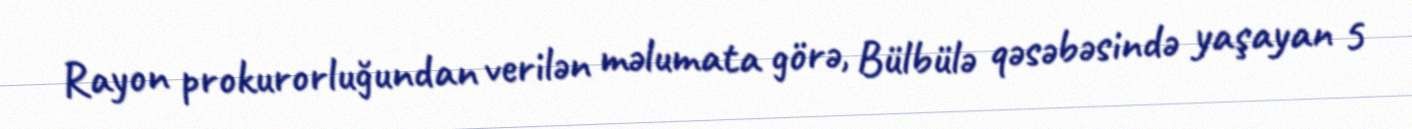
Rayon prokurorluğundan verilən məlumata görə, Bülbülə qəsəbəsində yaşayan 5